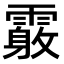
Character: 𩅓